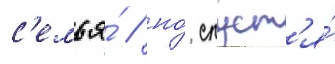
с'емья́ / но́ спуст'я́